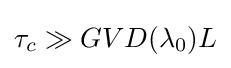
\tau _{c}\gg GVD(\lambda _{0})L